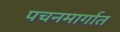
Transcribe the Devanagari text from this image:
पचनमार्गात